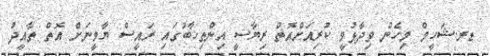
ޑރ.ޝަހީމް މިހެން ވިދާޅުވީ ކުރިއަށްއޮތް ރިޔާސީ އިންތިޚާބުގައި ރައީސް ޔާމީނަށް އޮތް ތާއީދު